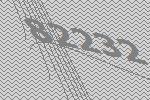
82232